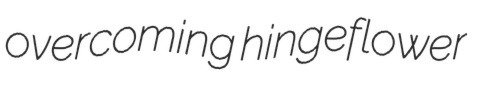
overcoming hingeflower